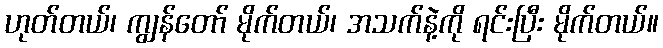
ဟုတ်တယ်၊ ကျွန်တော် မိုက်တယ်၊ အသက်နဲ့ကို ရင်းပြီး မိုက်တယ်။